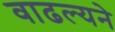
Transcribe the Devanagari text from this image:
वाढल्यने